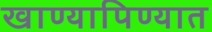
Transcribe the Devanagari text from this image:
खाण्यापिण्यात